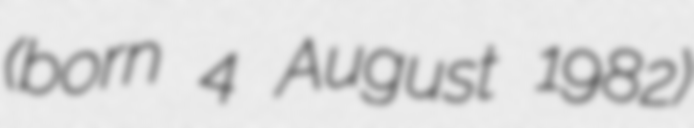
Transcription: (born 4 August 1982)